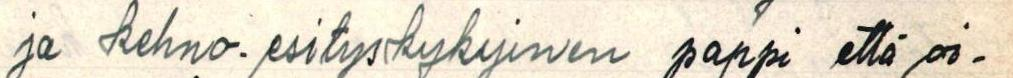
ja kehno-esityskykyinen pappi että oi-